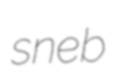
sneb